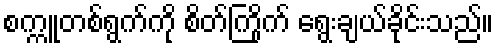
စက္ကူတစ်ရွက်ကို စိတ်ကြိုက် ရွေးချယ်ခိုင်းသည်။